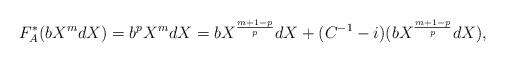
LaTeX: \begin{align*}F_A^*(bX^mdX) = b^pX^mdX = bX^{\frac{m+1-p}{p}}dX + (C^{-1}-i)(bX^{\frac{m+1-p}{p}}dX),\end{align*}